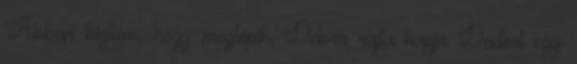
“Abban bíztam, hogy meglépik, Debra rajta kapja Dextert egy